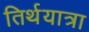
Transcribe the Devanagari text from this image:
तिर्थयात्रा